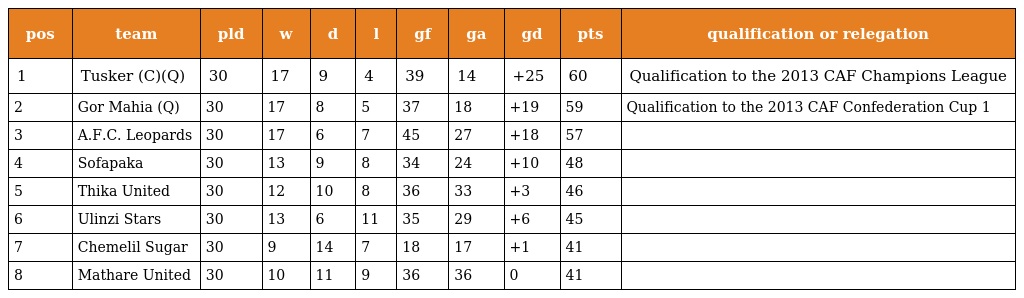
| pos | team | pld | w | d | l | gf | ga | gd | pts | qualification or relegation |
 | --- | --- | --- | --- | --- | --- | --- | --- | --- | --- | --- |
 | 1 | Tusker (C)(Q) | 30 | 17 | 9 | 4 | 39 | 14 | +25 | 60 | Qualification to the 2013 CAF Champions League |
 | 2 | Gor Mahia (Q) | 30 | 17 | 8 | 5 | 37 | 18 | +19 | 59 | Qualification to the 2013 CAF Confederation Cup 1 |
 | 3 | A.F.C. Leopards | 30 | 17 | 6 | 7 | 45 | 27 | +18 | 57 |  |
 | 4 | Sofapaka | 30 | 13 | 9 | 8 | 34 | 24 | +10 | 48 |  |
 | 5 | Thika United | 30 | 12 | 10 | 8 | 36 | 33 | +3 | 46 |  |
 | 6 | Ulinzi Stars | 30 | 13 | 6 | 11 | 35 | 29 | +6 | 45 |  |
 | 7 | Chemelil Sugar | 30 | 9 | 14 | 7 | 18 | 17 | +1 | 41 |  |
 | 8 | Mathare United | 30 | 10 | 11 | 9 | 36 | 36 | 0 | 41 |  |